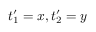
t _ { 1 } ^ { \prime } = x , t _ { 2 } ^ { \prime } = y